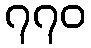
၇၇၀